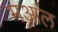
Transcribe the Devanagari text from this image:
मआल